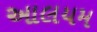
આલયમ